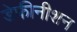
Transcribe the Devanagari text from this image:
डेफीनीशन